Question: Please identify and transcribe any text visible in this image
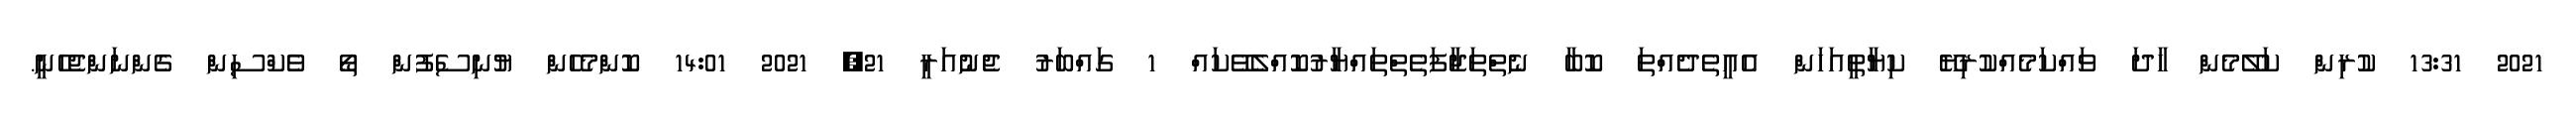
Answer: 2021 13:31 ކުރިން ކަލޭމެން ހާދަ ވައްކަމެއްކުރިޔޭ ކިޔާތީއަހަން އެއީތެދެއްތަ ކޮބާ ނެތްތަޖާފަތެތްތައްޔާރުކޮއްލެވޭކައް 1 ގައްބަރު ޖެނުއަރީ 21, 2021 14:01 ކޮންމެހެން ޔުނިސެފުން ތޯ ވެކްސިން ގެންނަންޖެހެނީ.